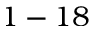
1 - 1 8